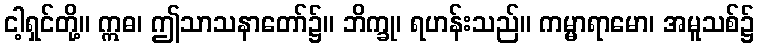
ငါ့ရှင်တို့။ ဣဓ၊ ဤသာသနာတော်၌။ ဘိက္ခု၊ ရဟန်းသည်။ ကမ္မာရာမော၊ အမူသစ်၌